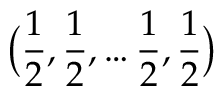
{ \bigl ( } { \frac { 1 } { 2 } } , { \frac { 1 } { 2 } } , \ldots { \frac { 1 } { 2 } } , { \frac { 1 } { 2 } } { \bigr ) }